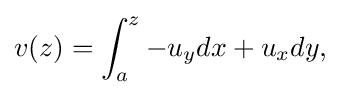
\displaystyle {v(z)=\int _{a}^{z}-u_{y}dx+u_{x}dy,}